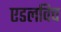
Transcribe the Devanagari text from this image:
एडलविच